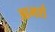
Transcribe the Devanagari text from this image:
आमर्श